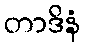
တာဒိနံ